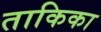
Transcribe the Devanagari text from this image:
ताकिका